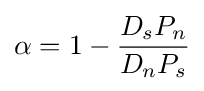
\alpha =1-{\frac {D_{s}P_{n}}{D_{n}P_{s}}}